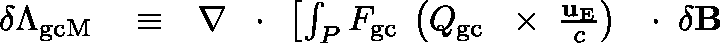
\begin{array} { r l r } { \delta \Lambda _ { \mathrm { g c M } } } & { { } \equiv } & { \nabla \, \mathrm { ~ \boldmath ~ \cdot ~ } \, \left[ \int _ { P } F _ { \mathrm { g c } } \; \left( \mathbb { Q } _ { \mathrm { g c } } \, \mathrm { ~ \boldmath ~ \times ~ } \, \frac { { \bf u } _ { \mathrm { E } } } { c } \right) \, \mathrm { ~ \boldmath ~ \cdot ~ } \, \delta { \bf B } \right. } \end{array}